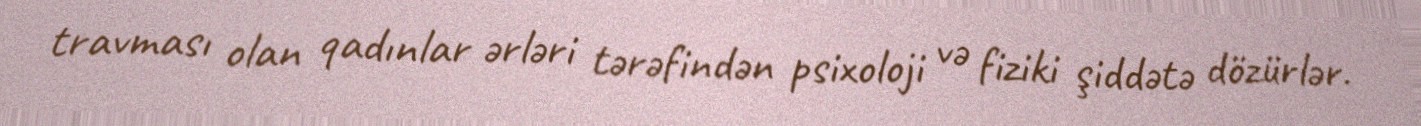
travması olan qadınlar ərləri tərəfindən psixoloji və fiziki şiddətə dözürlər.